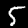
Label: 5